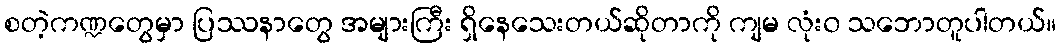
စတဲ့ကဏ္ဍတွေမှာ ပြဿနာတွေ အများကြီး ရှိနေသေးတယ်ဆိုတာကို ကျမ လုံး၀ သဘောတူပါတယ်။